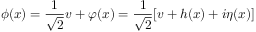
\phi ( x ) = { \frac { 1 } { \sqrt 2 } } v + \varphi ( x ) = { \frac { 1 } { \sqrt 2 } } [ v + h ( x ) + i \eta ( x ) ]